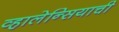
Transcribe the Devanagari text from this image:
व्हालेन्सियाची